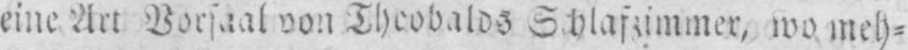
wo meh⸗